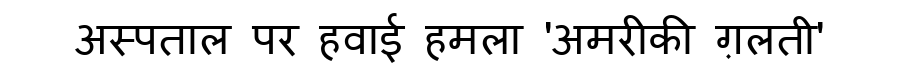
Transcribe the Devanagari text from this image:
अस्पताल पर हवाई हमला 'अमरीकी ग़लती'